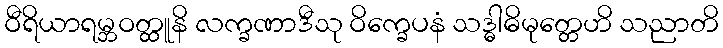
ဝီရိယာရမ္ဘဝတ္ထူနိ လက္ခဏာဒီသု ဝိက္ခေပနံ သဒ္ဓါဓိမုတ္တေဟိ သညာတိ